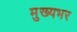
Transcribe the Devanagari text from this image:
मुख्यभर